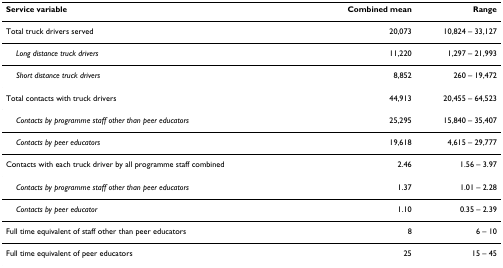
| Service variable | Combined mean | Range |
 | --- | --- | --- |
 | Total truck drivers served | 20,073 | 10,824 – 33,127 |
 | Long distance truck drivers | 11,220 | 1,297 – 21,993 |
 | Short distance truck drivers | 8,852 | 260 – 19,472 |
 | Total contacts with truck drivers | 44,913 | 20,455 – 64,523 |
 | Contacts by programme staff other than peer educators | 25,295 | 15,840 – 35,407 |
 | Contacts by peer educators | 19,618 | 4,615 – 29,777 |
 | Contacts with each truck driver by all programme staff combined | 2.46 | 1.56 – 3.97 |
 | Contacts by programme staff other than peer educators | 1.37 | 1.01 – 2.28 |
 | Contacts by peer educator | 1.10 | 0.35 – 2.39 |
 | Full time equivalent of staff other than peer educators | 8 | 6 – 10 |
 | Full time equivalent of peer educators | 25 | 15 – 45 |